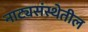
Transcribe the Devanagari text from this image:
नाट्यसंस्थेतील